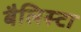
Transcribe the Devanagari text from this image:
बैलिस्टा